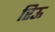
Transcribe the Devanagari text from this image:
रिऊ